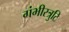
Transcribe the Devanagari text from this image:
गंभीरत्रुटि